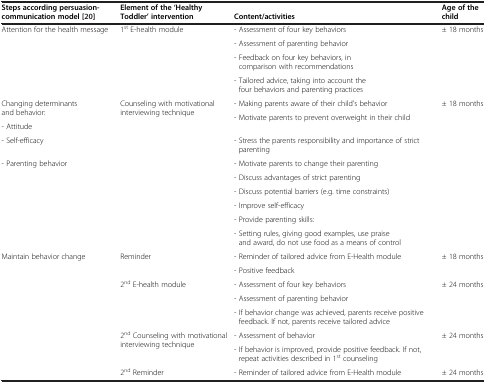
<table><thead><tr><td><b>Steps according persuasion-</b></td><td><b>Element of the ‘Healthy</b></td><td><b> </b></td><td><b>Age of the</b></td></tr><tr><td><b>communication model [[20]]</b></td><td><b>Toddler’ intervention</b></td><td><b>Content/activities</b></td><td><b>child</b></td></tr></thead><tbody><tr><td rowspan="4">Attention for the health message</td><td rowspan="4">1<sup>st</sup> E-health module</td><td>- Assessment of four key behaviors</td><td rowspan="4">± 18 months</td></tr><tr><td>- Assessment of parenting behavior</td></tr><tr><td>- Feedback on four key behaviors, in comparison with recommendations</td></tr><tr><td>- Tailored advice, taking into account the four behaviors and parenting practices</td></tr><tr><td rowspan="2">Changing determinants and behavior:</td><td rowspan="4">Counseling with motivational interviewing technique</td><td>- Making parents aware of their child’s behavior</td><td rowspan="10">± 18 months</td></tr><tr><td rowspan="2">- Motivate parents to prevent overweight in their child</td></tr><tr><td>- Attitude</td></tr><tr><td>- Self-efficacy</td><td>- Stress the parents responsibility and importance of strict parenting</td></tr><tr><td rowspan="6">- Parenting behavior</td><td rowspan="6"> </td><td>- Motivate parents to change their parenting</td></tr><tr><td>- Discuss advantages of strict parenting</td></tr><tr><td>- Discuss potential barriers (e.g. time constraints)</td></tr><tr><td>- Improve self-efficacy</td></tr><tr><td>- Provide parenting skills:</td></tr><tr><td>- Setting rules, giving good examples, use praise and award, do not use food as a means of control</td></tr><tr><td rowspan="2">Maintain behavior change</td><td rowspan="2">Reminder</td><td>- Reminder of tailored advice from E-Health module</td><td rowspan="2">± 18 months</td></tr><tr><td>- Positive feedback</td></tr><tr><td rowspan="3"> </td><td rowspan="3">2<sup>nd</sup> E-health module</td><td>- Assessment of four key behaviors</td><td rowspan="3">± 24 months</td></tr><tr><td>- Assessment of parenting behavior</td></tr><tr><td>- If behavior change was achieved, parents receive positive feedback. If not, parents receive tailored advice</td></tr><tr><td rowspan="2"> </td><td rowspan="2">2<sup>nd</sup> Counseling with motivational interviewing technique</td><td>- Assessment of behavior</td><td rowspan="2">± 24 months</td></tr><tr><td>- If behavior is improved, provide positive feedback. If not, repeat activities described in 1<sup>st</sup> counseling</td></tr><tr><td> </td><td>2<sup>nd</sup> Reminder</td><td>- Reminder of tailored advice from E-Health module</td><td>± 24 months</td></tr></tbody></table>